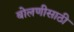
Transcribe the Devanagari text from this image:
बोलणीसाठी